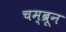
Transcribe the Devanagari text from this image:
चम्ब्रून